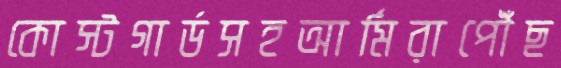
কোস্টগার্ডসহআর্মিরাপৌঁছ